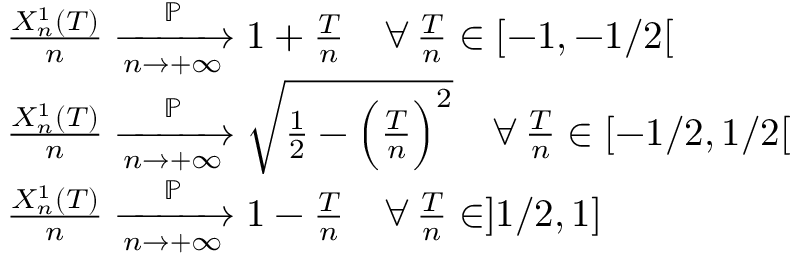
\begin{array} { r l } & { \frac { X _ { n } ^ { 1 } ( T ) } { n } \xrightarrow [ n \rightarrow + \infty ] { \mathbb { P } } 1 + \frac { T } { n } \quad \forall \, \frac { T } { n } \in [ - 1 , - 1 / 2 [ } \\ & { \frac { X _ { n } ^ { 1 } ( T ) } { n } \xrightarrow [ n \rightarrow + \infty ] { \mathbb { P } } \sqrt { \frac { 1 } { 2 } - { \Big ( \frac { T } { n } \Big ) } ^ { 2 } } \quad \forall \, \frac { T } { n } \in [ - 1 / 2 , 1 / 2 [ } \\ & { \frac { X _ { n } ^ { 1 } ( T ) } { n } \xrightarrow [ n \rightarrow + \infty ] { \mathbb { P } } 1 - \frac { T } { n } \quad \forall \, \frac { T } { n } \in ] 1 / 2 , 1 ] } \end{array}